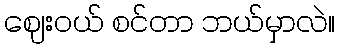
ဈေးဝယ် စင်တာ ဘယ်မှာလဲ။